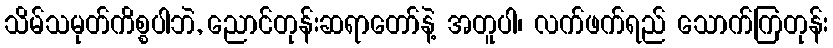
သိမ်သမုတ်ကိစ္စပါဘဲ, ညောင်တုန်းဆရာတော်နဲ့ အတူပါ၊ လက်ဖက်ရည် သောက်ကြတုန်း